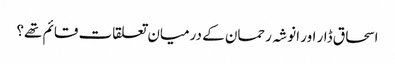
اسحاق ڈار اور انوشہ رحمان کے درمیان تعلقات قائم تھے؟